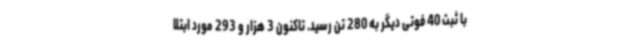
با ثبت 40 فوتی دیگر به 280 تن رسید. تاکنون 3 هزار و 293 مورد ابتلا